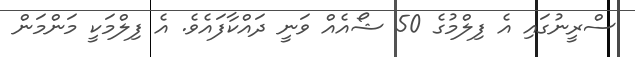
ސްރީނުގައި އެ ފިލްމުގެ 50 ޝޯއެއް ވަނީ ދައްކާފައެވެ. އެ ފިލްމަކީ މަންމަން